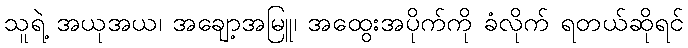
သူရဲ့ အယုအယ၊ အချော့အမြူ၊ အထွေးအပိုက်ကို ခံလိုက် ရတယ်ဆိုရင်